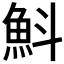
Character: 𩵬